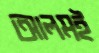
আলমই